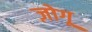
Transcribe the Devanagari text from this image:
ज़ोगू